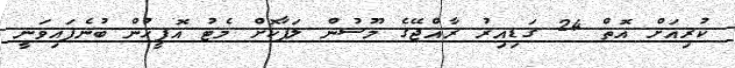
ކުރިއަށް އޮތް 24 ގަޑިއިރު ރާއްޖޭގެ މޫސުން ލަފާކޮށް މެޓު އޮފީހުން ބުނެފައިވަނީ